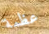
عظمة